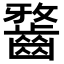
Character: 𪘯